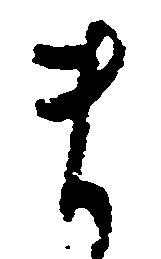
ま